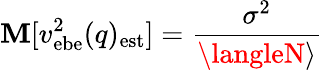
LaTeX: \mathbf{M}[v_{\mathrm{{ebe}}}^{2}(q)_{\mathrm{{est}}}]={\frac{{\sigma^{2}}}{{\langleN\rangle}}}